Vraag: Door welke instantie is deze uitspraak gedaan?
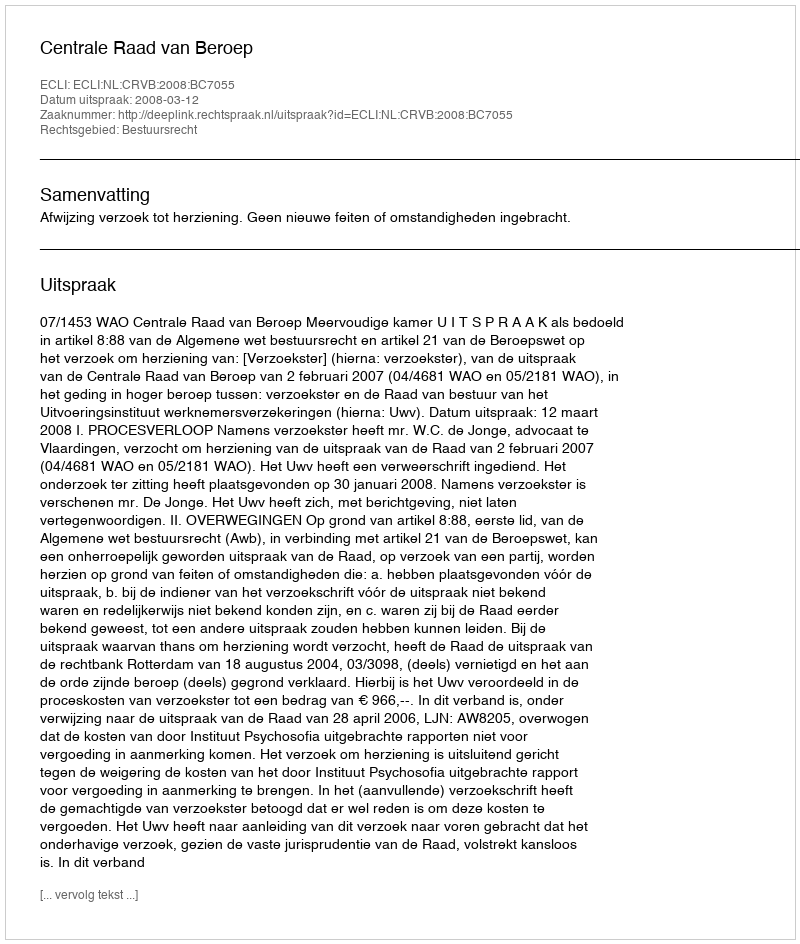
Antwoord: Centrale Raad van Beroep